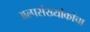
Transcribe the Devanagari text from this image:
अल्पसंख्यांकांचा